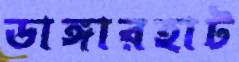
ডাঙ্গারহাট